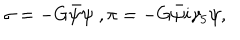
\sigma = - G \bar { \psi } \psi \; , \pi = - G \bar { \psi } i \gamma _ { 5 } \psi ,